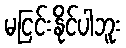
မငြင်းနိုင်ပါဘူး